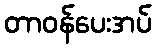
တာဝန်ပေးအပ်